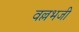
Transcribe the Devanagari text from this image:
वल्लभजी